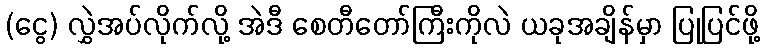
(ငွေ) လွှဲအပ်လိုက်လို့ အဲဒီ စေတီတော်ကြီးကိုလဲ ယခုအချိန်မှာ ပြုပြင်ဖို့